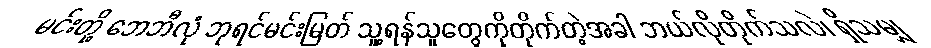
မင်းတို့ ဘေဘီလုံ ဘုရင်မင်းမြတ် သူ့ရန်သူတွေကိုတိုက်တဲ့အခါ ဘယ်လိုတိုက်သလဲ၊ ရှိသမျှ